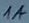
Text: 1A